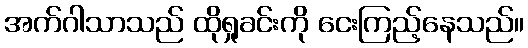
အက်ဂါသာသည် ထိုရှုခင်းကို ငေးကြည့်နေသည်။